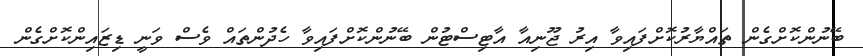
ބޭނުންކޮށްގެން ތައްޔާރުކޮށްފައިވާ އިރު ޖޫނިއާ އާޓިސްޓުން ބޭނުންކޮށްފައިވާ ހެދުންތައް ވެސް ވަނީ ޑިޒައިންކޮށްގެން